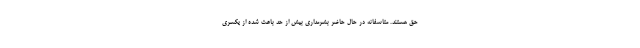
حق هستند. متاسفانه در حال حاضر ‌بشرمداری بیش از حد باعث شده از یکسری